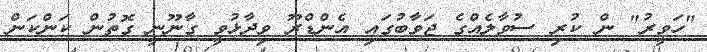
"ހަވީރު" ން ކުރި ސުވާލެއްގެ ޖަވާބުގައި އެންޑްރޫ ވިދާޅުވީ ގާނޫނީ ގޮތުން ކަންކަން